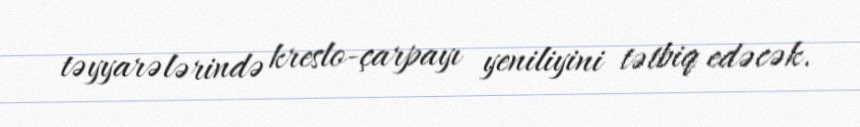
təyyarələrində kreslo-çarpayı yeniliyini tətbiq edəcək.